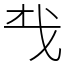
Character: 𢦔